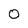
Character: 0